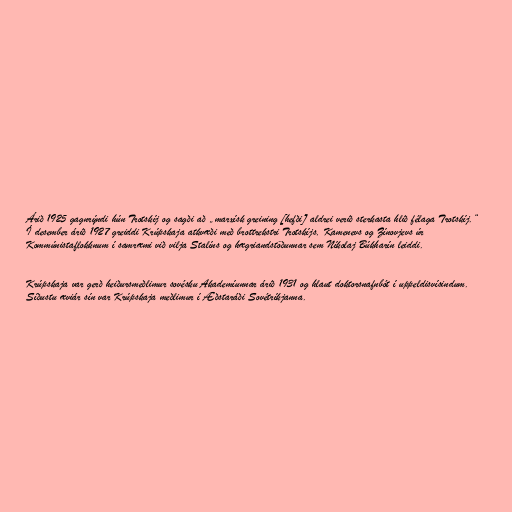
Árið 1925 gagnrýndi hún Trotskíj og sagði að „marxísk greining [hefði] aldrei verið sterkasta hlið félaga Trotskíj.“
Í desember árið 1927 greiddi Krúpskaja atkvæði með brottrekstri Trotskíjs, Kamenevs og Zínovjevs úr
Kommúnistaflokknum í samræmi við vilja Stalíns og hægriandstöðunnar sem Níkolaj Búkharín leiddi.

Krúpskaja var gerð heiðursmeðlimur sovésku Akademíunnar árið 1931 og hlaut doktorsnafnbót í uppeldisvísindum.
Síðustu æviár sín var Krúpskaja meðlimur í Æðstaráði Sovétríkjanna.